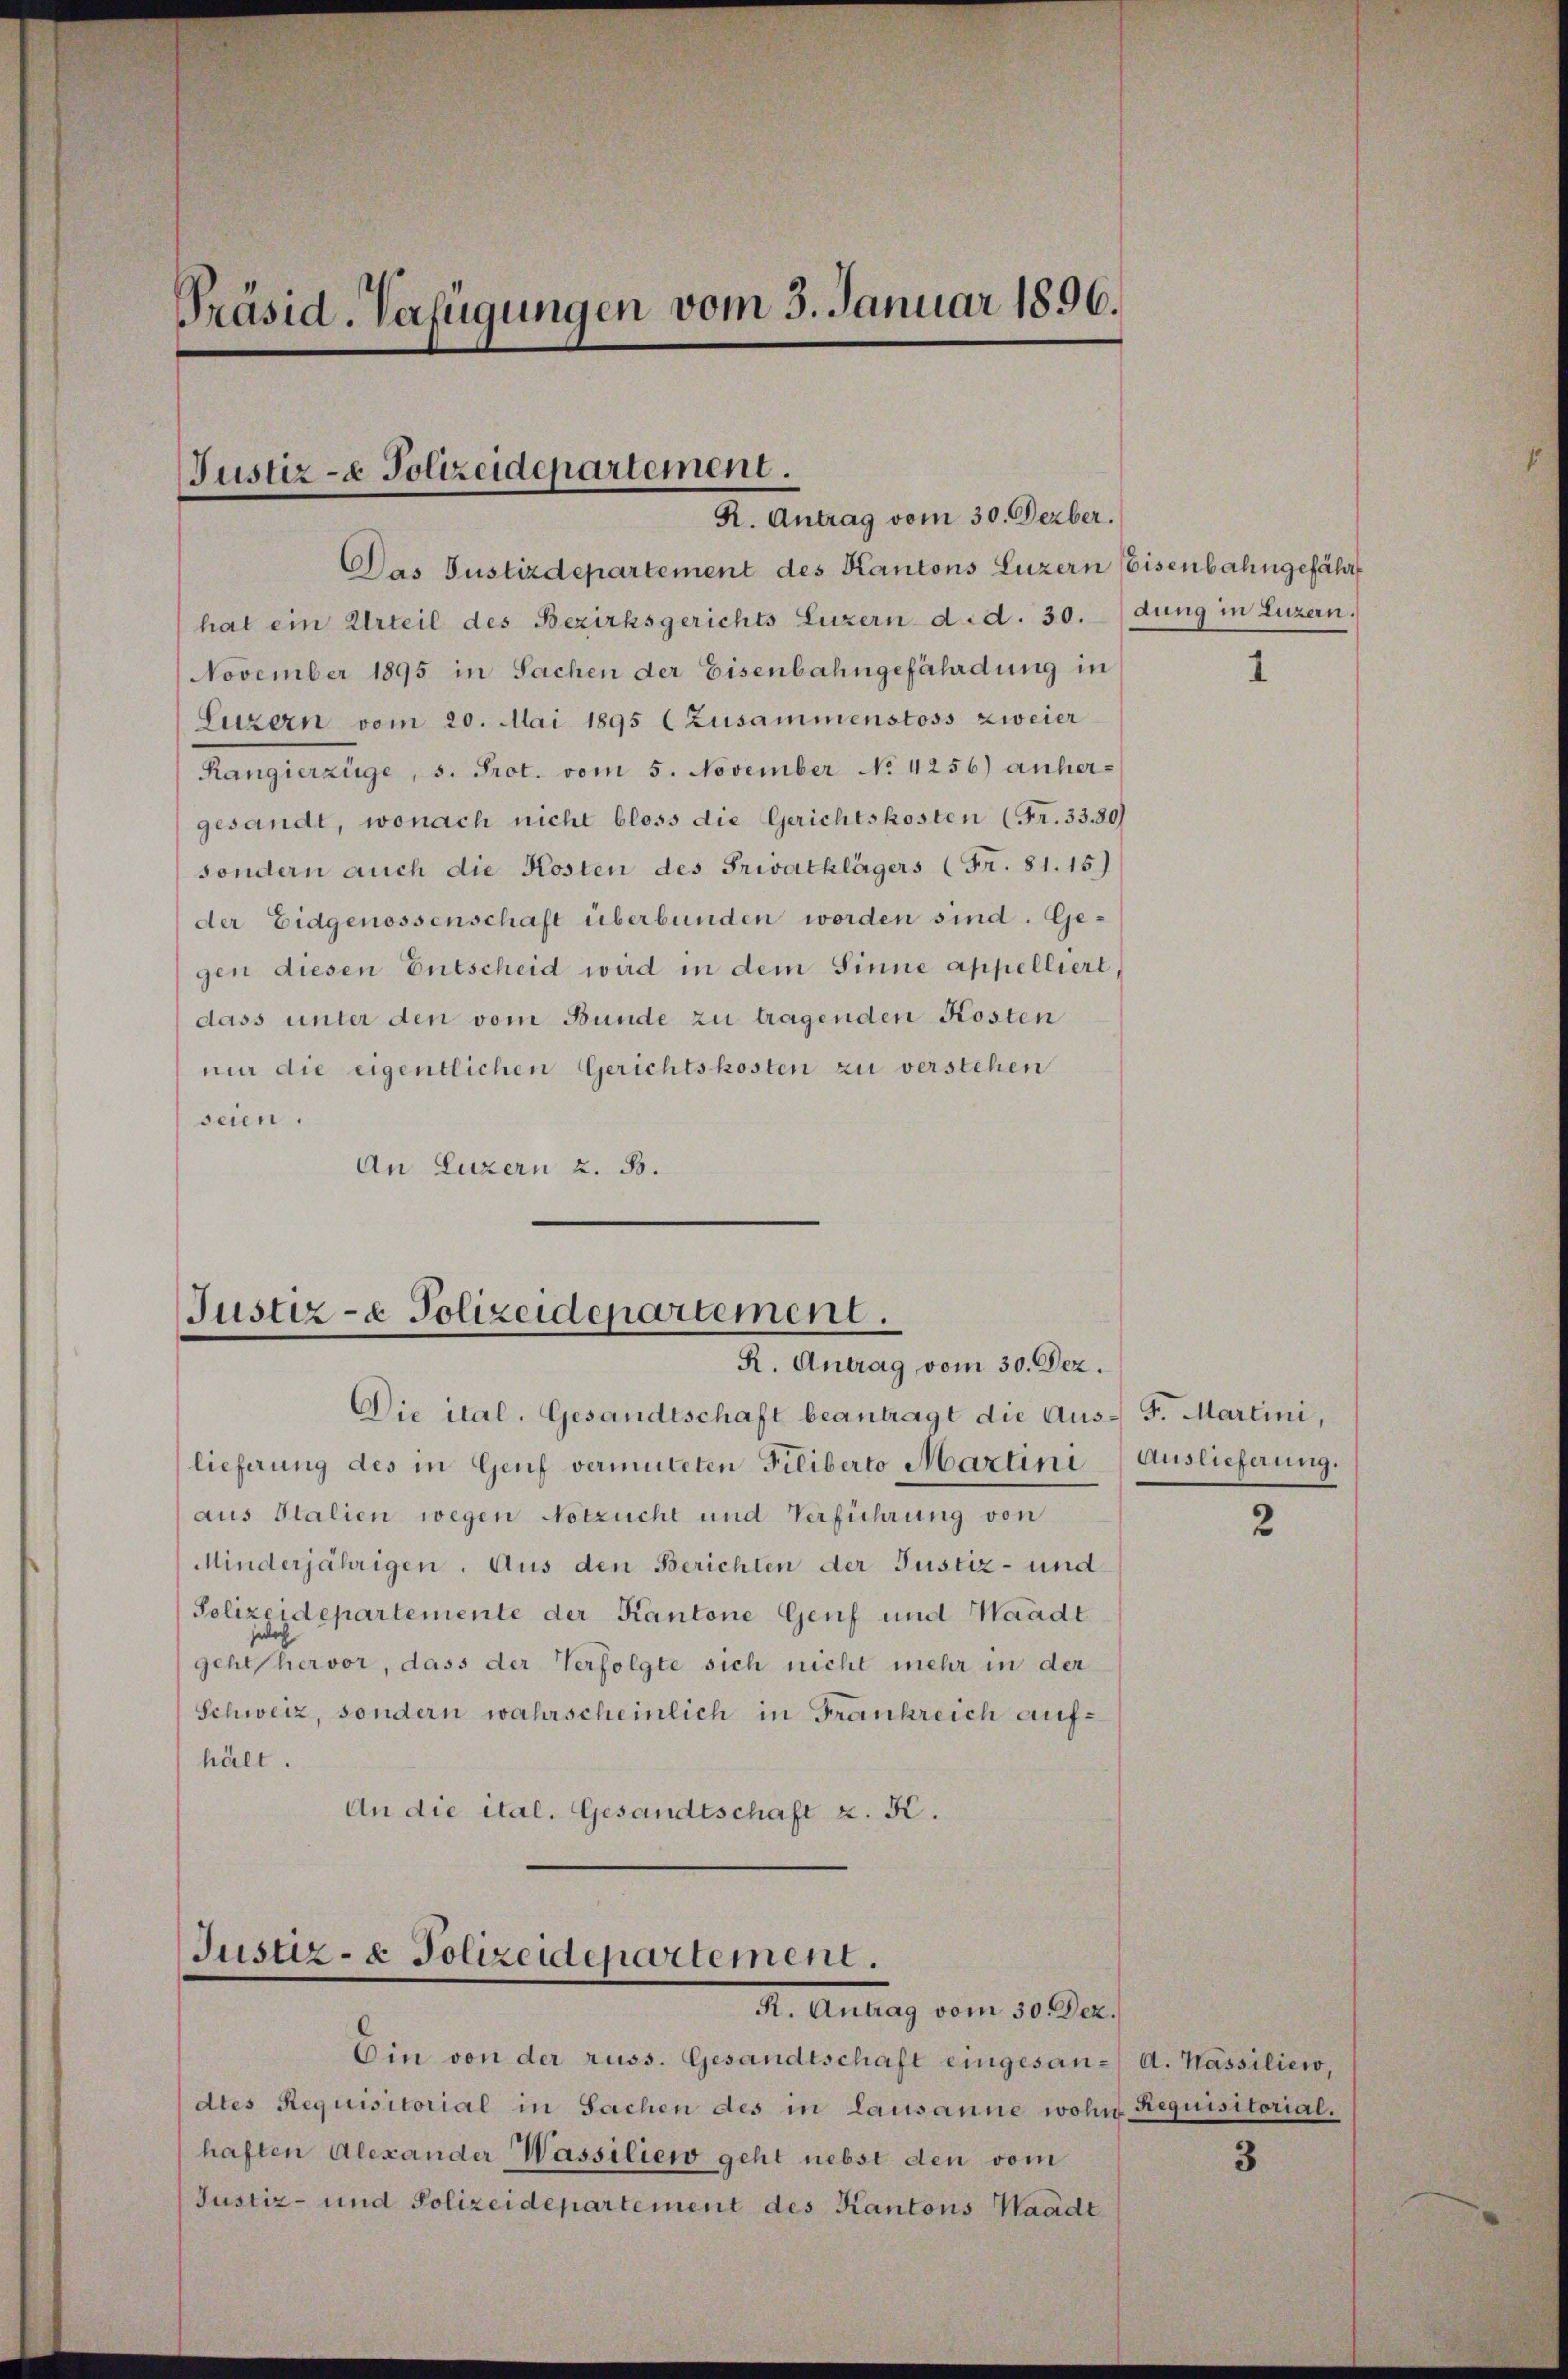
Präsid. Verfügungen vom 3. Januar 1896.

Justiz- & Polizeidepartement.
R. Antrag vom 30. Dezber.

Das Justizdepartement des Kantons Luzern Eisenbahngefährt
hat ein Urteil des Bezirksgerichts Luzern d.d. 30. (dung in Luzern.
November 1895 in Sachen der Eisenbahngefährdung in
Luzern vom 20. Mai 1895 (Zusammenstoss zweier
Rangierzüge, s. Prot. vom 5. November No. 4256) anhergesandt, wonach nicht bloss die Gerichtskosten (Fr. 33. 80)
sondern auch die Kosten des Privatklägers (Fr. 81. 15)
der Eidgenossenschaft überbunden worden sind. Gegen diesen Entscheid wird in dem Sinne appelliert
dass unter den vom Bunde zu tragenden Kosten
nir die eigentlichen Gerichtskosten zu verstehen
seien.
An Luzern z. B.

Justiz- & Polizeidepartement.
R. Antrag vom 30. Dez.

Die ital. Gesandtschaft beantragt die Aus- F. Martini,
lieferung des in Genf vermuteten Filiberto Martini
aus Italien wegen Notzucht und Verführung von
Minderjährigen. Aus den Berichten der Justiz- und
Polizeidepartemente der Kantone Genf und Waadt
gehl hervor, dass der Verfolgte sich nicht mehr in der
Schweiz, sondern wahrscheinlich in Frankreich aufhält.
An die ital. Gesandtschaft z. K.

Justiz- & Polizeidepartement.
H. Antrag vom 30. Ja

Ein von der russ. Gesandtschaft eingesan- A. Kassilien,
dtes Requisitorial in Sachen des in Lausanne wohne Requisitorial.
haften Alexander Wassiliew geht nebst den vom
Justiz- und Polizeidepartement des Kantons Waadt

1

Auslieferung.

2

3